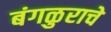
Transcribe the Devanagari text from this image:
बंगळुराचे